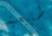
طبيعية